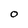
Character: O